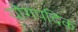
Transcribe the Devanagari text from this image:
यौगपदिक